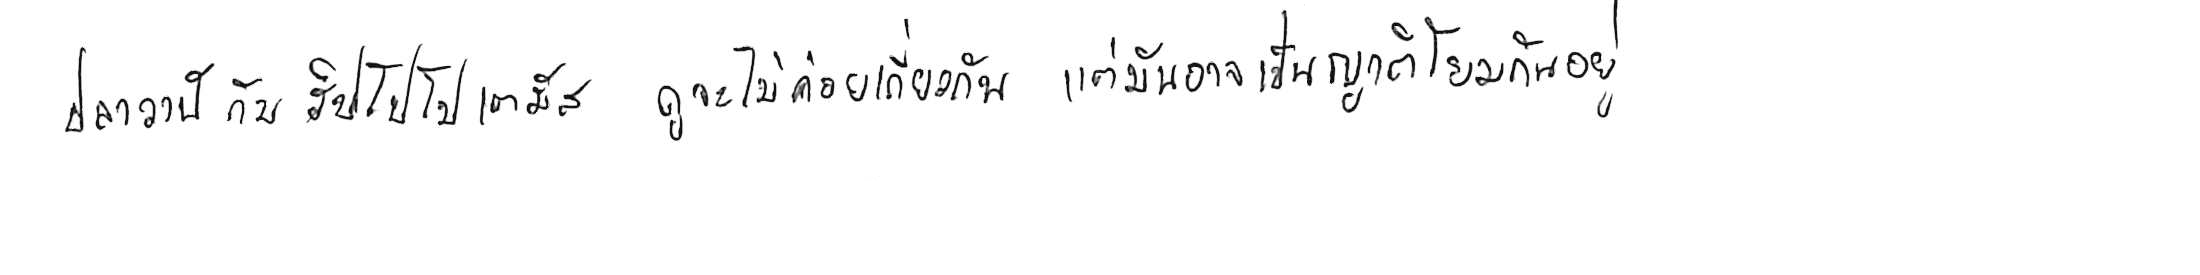
ปลาวาฬ กับ ฮิปโปโปเตมัส ดูจะไม่ค่อยเกี่ยวกัน แต่มันอาจเป็นญาติโยมกันอยู่